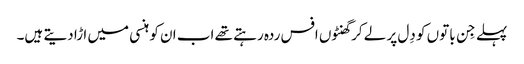
پہلے جِن باتوں کو دِل پر لے کر گھنٹوں افس ردہ رہتے تھے اب ا ن کو ہنسی میں ا ڑا دیتے ہیں۔